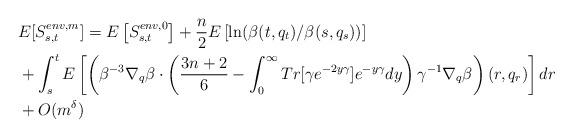
LaTeX: \begin{align*}&E[S^{env,m}_{s,t}]=E\left[S^{env,0}_{s,t}\right]+\frac{n}{2} E\left[\ln(\beta(t,q_t)/\beta(s,q_s))\right]\\&+\int_s^tE\left[\left( \beta^{-3}\nabla_q\beta\cdot \left( \frac{3n+2}{6}- \int_0^\infty Tr[\gamma e^{-2y \gamma}] e^{-y \gamma} dy\right)\gamma^{-1}\nabla_q\beta\right)(r,q_r) \right]dr\\&+O(m^\delta)\end{align*}